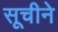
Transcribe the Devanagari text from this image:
सूचीने